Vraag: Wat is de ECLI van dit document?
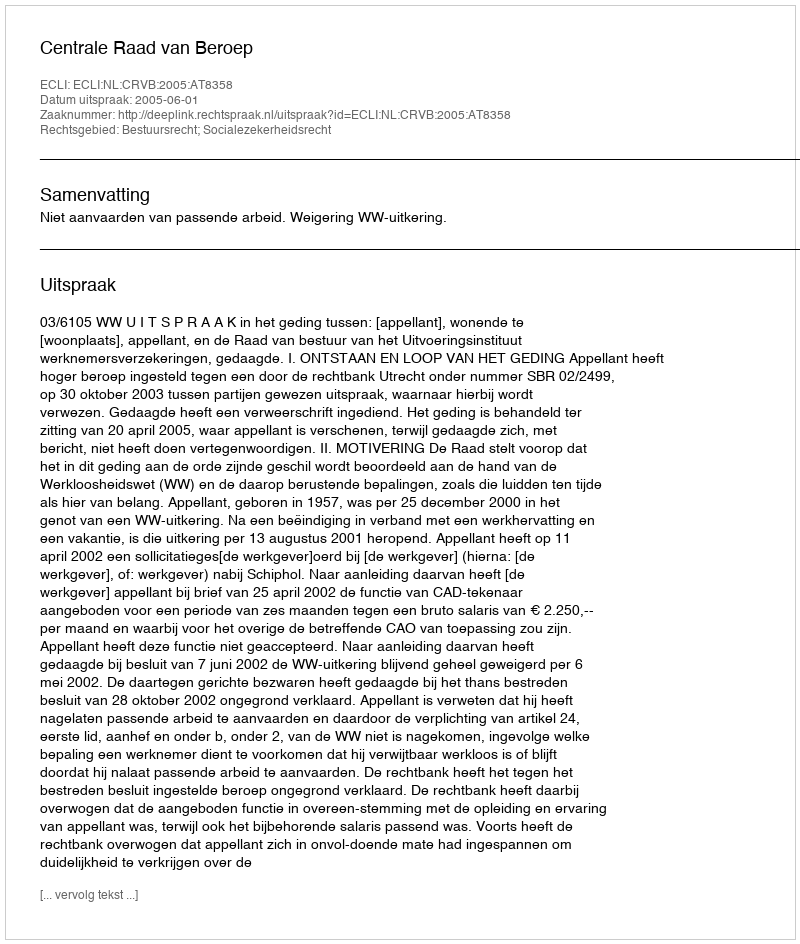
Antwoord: ECLI:NL:CRVB:2005:AT8358